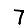
Digit: 7